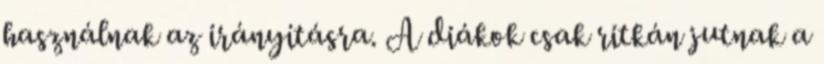
használnak az irányításra. A diákok csak ritkán jutnak a